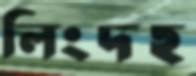
লিংদহ